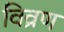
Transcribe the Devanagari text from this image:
विव्रण